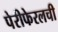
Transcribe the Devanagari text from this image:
पेरीफेरलची